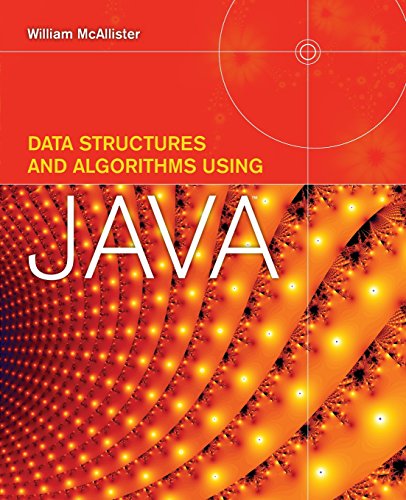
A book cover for Data Structures And Algorithms Using Java; William McAllister; Computers & Technology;